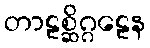
တာဠစ္ဆိဂ္ဂဠေန